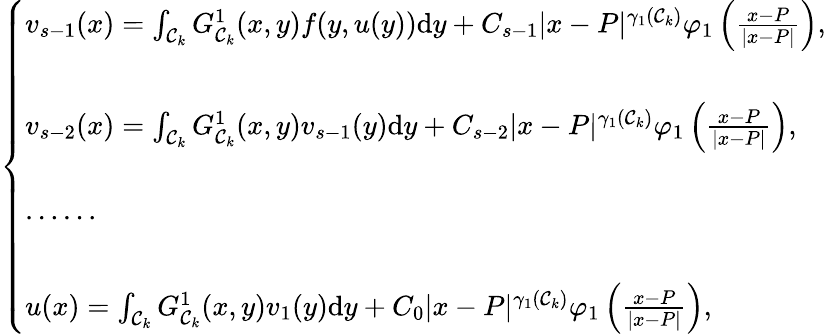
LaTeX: \left\{ {\begin{array}{l}{{v_{s-1}(x)=\int_{\mathcal{C}_{k}}G_{\mathcal{C}_{k}}^{1}(x,y)f(y,u(y))\mathrm{d}y+C_{s-1}|x-P|^{\gamma_{1}(\mathcal{C}_{k})}\varphi_{1}\left(\frac{x-P}{|x-P|}\right),}}\\ {}\\ {{v_{s-2}(x)=\int_{\mathcal{C}_{k}}G_{\mathcal{C}_{k}}^{1}(x,y)v_{s-1}(y)\mathrm{d}y+C_{s-2}|x-P|^{\gamma_{1}(\mathcal{C}_{k})}\varphi_{1}\left(\frac{x-P}{|x-P|}\right),}}\\ {}\\ {\cdots\cdots}\\ {}\\ {{u(x)=\int_{\mathcal{C}_{k}}G_{\mathcal{C}_{k}}^{1}(x,y)v_{1}(y)\mathrm{d}y+C_{0}|x-P|^{\gamma_{1}(\mathcal{C}_{k})}\varphi_{1}\left(\frac{x-P}{|x-P|}\right),}}\end{array}}\right.